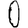
Digit: 0